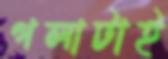
গলাটাই